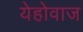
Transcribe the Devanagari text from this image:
येहोवाज